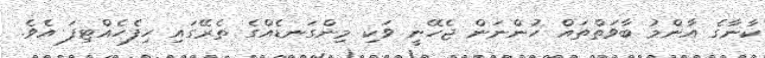
ކާނާގެ އާންމު ބާވަތްތައް ހުންނަން ޖެހޭނީ ވަކި މިންގަނޑެއްގެ ތެރޭގައި ހިފެހެއްޓިފަ އެވެ.